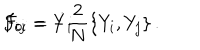
LaTeX: F _ { 0 i } = \dot { Y } _ { i } \hspace { 1 . 0 c m } F _ { i j } = - { \frac { 2 } { N } } \{ Y _ { i } , Y _ { j } \} \, .